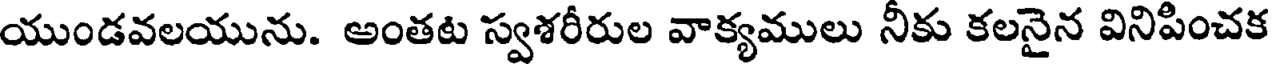
యుండవలయును. అంతట స్వశరీరుల వాక్యములు నీకు కలనైన వినిపించక